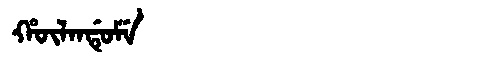
Manchu: ᡥᡡᠯᠠᠨᡩᡠᠮᡝ
Romanization: HŪLANDUME